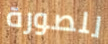
للصورة